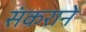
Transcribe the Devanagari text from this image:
संकराने